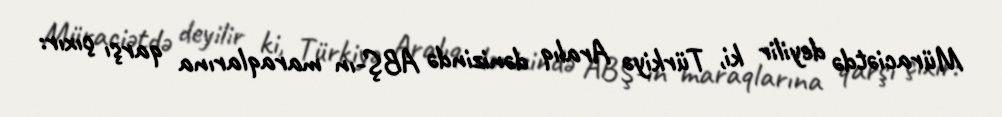
Müraciətdə deyilir ki, Türkiyə Aralıq dənizində ABŞ-ın maraqlarına qarşı çıxır: